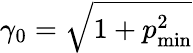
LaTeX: \gamma_{0}=\sqrt{1+p_{\operatorname*{min}}^{2}}